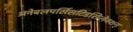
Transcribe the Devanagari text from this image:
अनेबलपर्सिसटिडसिलेक्शन